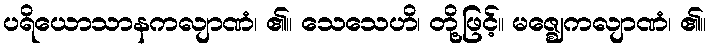
ပရိယောသာနကလျာဏံ၊ ၏။ သေသေဟိ၊ တို့ဖြင့်။ မဇ္ဈေကလျာဏံ၊ ၏။